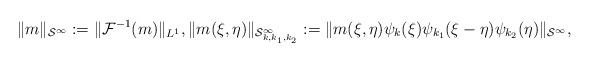
\begin{align*}\| m\|_{\mathcal{S}^\infty}:=\|\mathcal{F}^{-1}(m)\|_{L^1}, \|m(\xi,\eta)\|_{\mathcal{S}^\infty_{k,k_1,k_2}}:=\|m(\xi, \eta)\psi_k(\xi)\psi_{k_1}(\xi-\eta)\psi_{k_2}(\eta)\|_{\mathcal{S}^\infty},\end{align*}